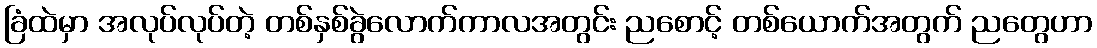
ခြံထဲမှာ အလုပ်လုပ်တဲ့ တစ်နှစ်ခွဲလောက်ကာလအတွင်း ညစောင့် တစ်ယောက်အတွက် ညတွေဟာ